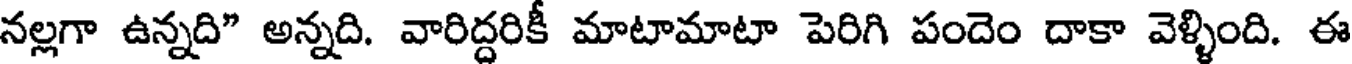
నల్లగా ఉన్నది" అన్నది. వారిద్దరికీ మాటామాటా పెరిగి పందెం దాకా వెళ్ళింది. ఈ